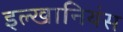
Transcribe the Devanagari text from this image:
इल्खानियंस